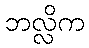
ဘလ္လိက